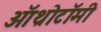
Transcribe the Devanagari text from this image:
ऑथ्रोटॉमी